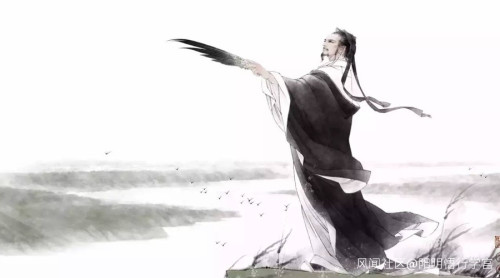
以其行理也。行理性于染当。